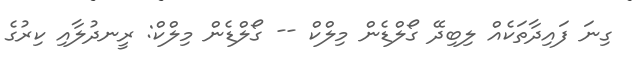
ގިނަ ފައިދާތަކެއް ލިބިދޭ ގޯލްޑެން މިލްްކް -- ގޯލްޑެން މިލްކް: ރީނދުލާއި ކިރުގެ